Report on the working of the mental hospitals for Indians in Bihar and Orissa - 1925-1929
Year: 1925
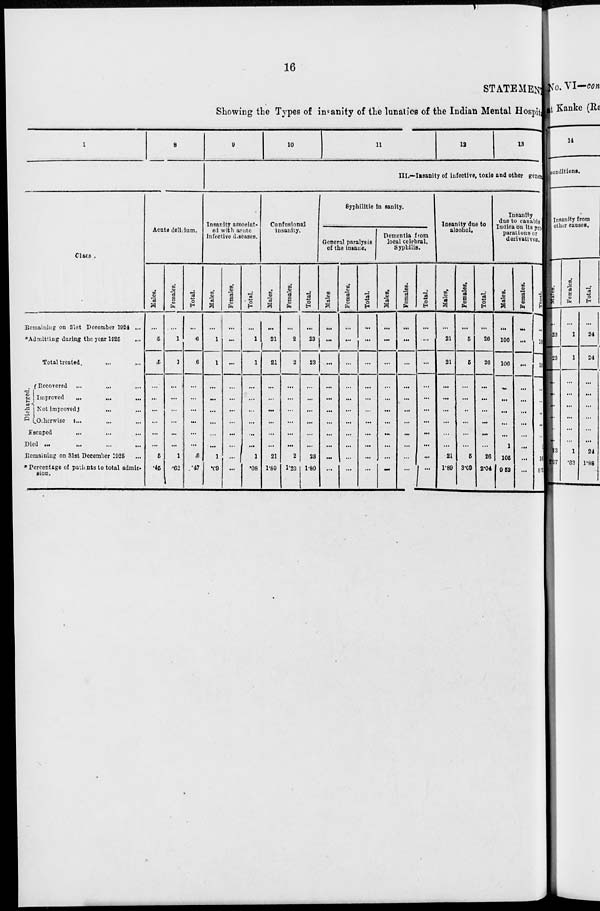
16
STATEMENT
Showing the Types of insanity of the lunatics of the Indian Mental Hospit
1
8
Class .
Remaining on 31st December 1924 ...
*Admitting during the year 1925 ...
Total treated. ... ...
Dicharged.
Recovered ... ... ...
Improved
...
...
...
Not improved ... ...
Otherwise ... ... ...
Escaped ... ... ...
Died
...
...
...
...
Remaining on 31st December 1925 ...
* Percentage of pationts to total admis-
sion.
Acute delirium.
Males.
...
5
5
...
...
...
...
...
...
5
.45
Females.
1
1
...
...
...
...
...
...
1
.62
Total.
...
6
6
...
...
...
...
...
...
6
.47
9
10
11
12
13
III.—Insanity of infective, toxic and other gene
Insanity associat-
ed with acute
infective diseases.
Males.
...
1
1
...
...
...
...
...
...
1
.09
Females.
...
...
...
...
...
...
...
...
...
...
...
Total.
...
1
1
...
...
...
...
...
...
1
.08
Confusional
insanity.
Males.
...
21
21
...
...
...
...
...
...
21
1.89
Females.
...
2
2
...
...
...
...
...
...
2
1.23
Total.
...
23
23
...
...
...
...
...
...
23
1.80
Syphilitic in sanity.
General paralys is
of the insane.
Males.
...
...
...
...
...
...
...
...
...
...
...
Females.
...
...
...
...
...
...
...
...
...
...
...
Total.
...
...
...
...
...
...
...
...
...
...
...
Dementia from
local celebral.
Syphilis.
Males.
...
...
...
...
...
...
...
...
...
...
...
Females.
...
...
...
...
...
...
...
...
...
...
...
Total.
...
...
...
...
...
...
...
...
...
...
...
Insanity due to
alcohol.
Males.
...
21
21
...
...
...
...
...
...
21
1.89
Females.
...
5
5
...
...
..
...
...
...
5
3.09
Total.
...
26
26
...
...
...
...
...
...
26
2.04
Insanity
due to canabls
Indica on its pre
parations or
derivatives.
Males.
...
106
106
...
...
...
...
...
1
105
9.53
Females.
...
...
...
...
...
...
...
...
...
...
...
Total.
...
106
106
...
...
...
...
...
...
105
8.3